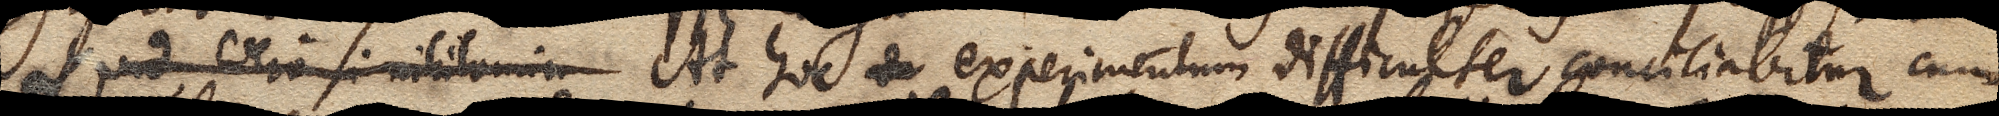
Quid vero si nihilomin At hoc d experimentum difficulter conciliabitur cum